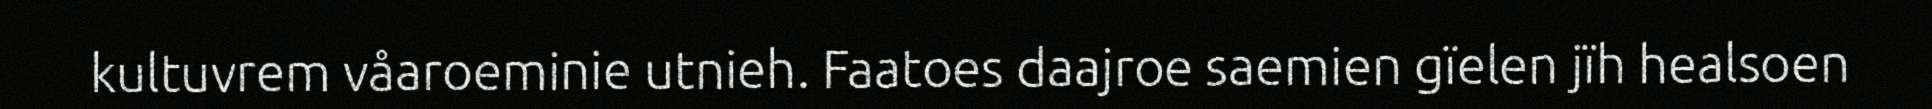
kultuvrem våaroeminie utnieh. Faatoes daajroe saemien gïelen jïh healsoen